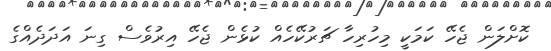
ކޮށްލަން ޖެހޭ ކަމަކީ މިހުރިހާ ޗަރުކޭހެއް ކުޅެން ޖެހޭ އިރުވެސް ގިނަ އަދަދެއްގެ